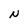
Character: N